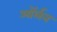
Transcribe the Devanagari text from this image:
ऑर्लन